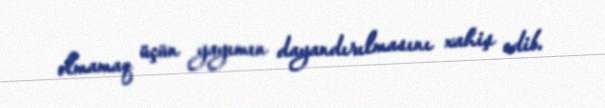
olmamaq üçün yayımın dayandırılmasını xahiş edib.